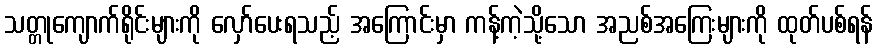
သတ္တုကျောက်ရိုင်းများကို လှော်ပေးရသည့် အကြောင်းမှာ ကန့်ကဲ့သို့သော အညစ်အကြေးများကို ထုတ်ပစ်ရန်